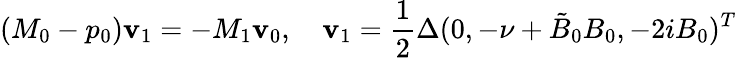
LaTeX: (M_{0}-p_{0})\boldsymbol{\mathbf{v}}_{1}=-M_{1}\boldsymbol{\mathbf{v}}_{0},\quad\boldsymbol{\mathbf{v}}_{1}=\frac{{1}}{{2}}\Delta(0,-\nu+\tilde{{B}}_{0}B_{0},-2iB_{0})^{T}